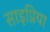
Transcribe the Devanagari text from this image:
साइप्रिया